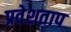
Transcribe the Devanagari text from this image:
प्रवेशताप